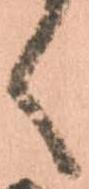
く